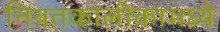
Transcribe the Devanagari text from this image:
नियतकालीकामध्ये